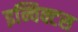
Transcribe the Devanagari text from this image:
इन्विक्टस